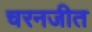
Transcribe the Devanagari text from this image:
चरनजीत